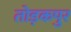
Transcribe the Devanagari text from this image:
तोड़कपुर